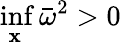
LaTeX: \operatorname*{inf}_{\mathbf{x}}{\bar{{\omega}}}^{2}>0